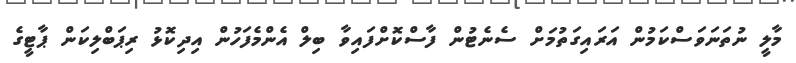
މާލީ ނުތަނަވަސްކަމުން އަރައިގަތުމަށް ސެނެޓުން ފާސްކޮށްފައިވާ ބިލް އެންމެފަހުން އިދިކޮޅު ރިޕަބްލިކަން ޕާޓީގެ